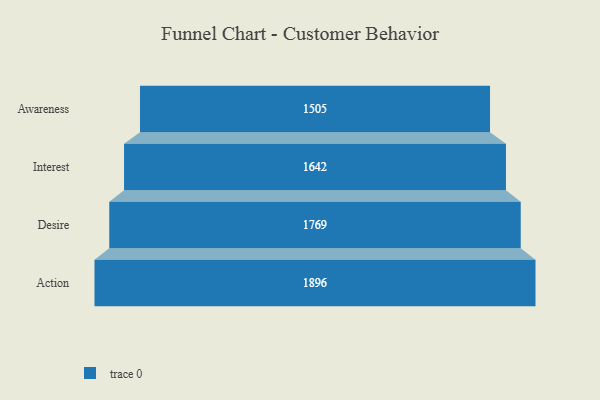
{"axis": {"x": "Stage", "y": "Value"}, "legend": [""], "data": [{"x": "Awareness", "y": 1505.0, "type": ""}, {"x": "Interest", "y": 1642.0, "type": ""}, {"x": "Desire", "y": 1769.0, "type": ""}, {"x": "Action", "y": 1896.0, "type": ""}]}